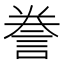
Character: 誊